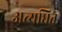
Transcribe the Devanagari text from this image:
अत्यधित